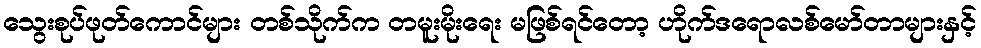
သွေးစုပ်ဖုတ်ကောင်များ တစ်သိုက်က တမူးမိုးရေး မဖြစ်ရင်တော့ ဟိုက်ဒရောလစ်မော်တာများနှင့်